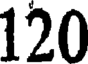
120